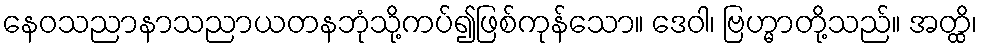
နေဝသညာနာသညာယတနဘုံသို့ကပ်၍ဖြစ်ကုန်သော။ ဒေဝါ၊ ဗြဟ္မာတို့သည်။ အတ္ထိ၊